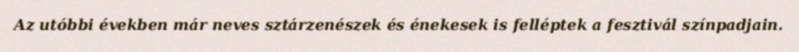
Az utóbbi években már neves sztárzenészek és énekesek is felléptek a fesztivál színpadjain.